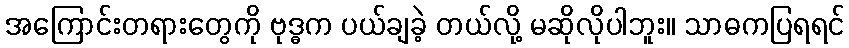
အကြောင်းတရားတွေကို ဗုဒ္ဓက ပယ်ချခဲ့ တယ်လို့ မဆိုလိုပါဘူး။ သာဓကပြရရင်